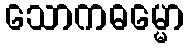
သောကဓမ္မော